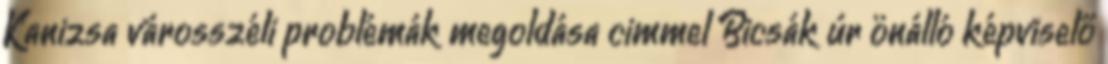
Kanizsa városszéli problémák megoldása cimmel Bicsák úr önálló képviselő